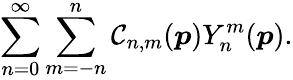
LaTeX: \sum_{n=0}^{\infty}\sum_{m=-n}^{n}\mathcal{C}_{n,m}(\boldsymbol{p})Y_{n}^{m}(\boldsymbol{p}).